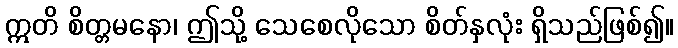
ဣတိ စိတ္တမနော၊ ဤသို့ သေစေလိုသော စိတ်နှလုံး ရှိသည်ဖြစ်၍။